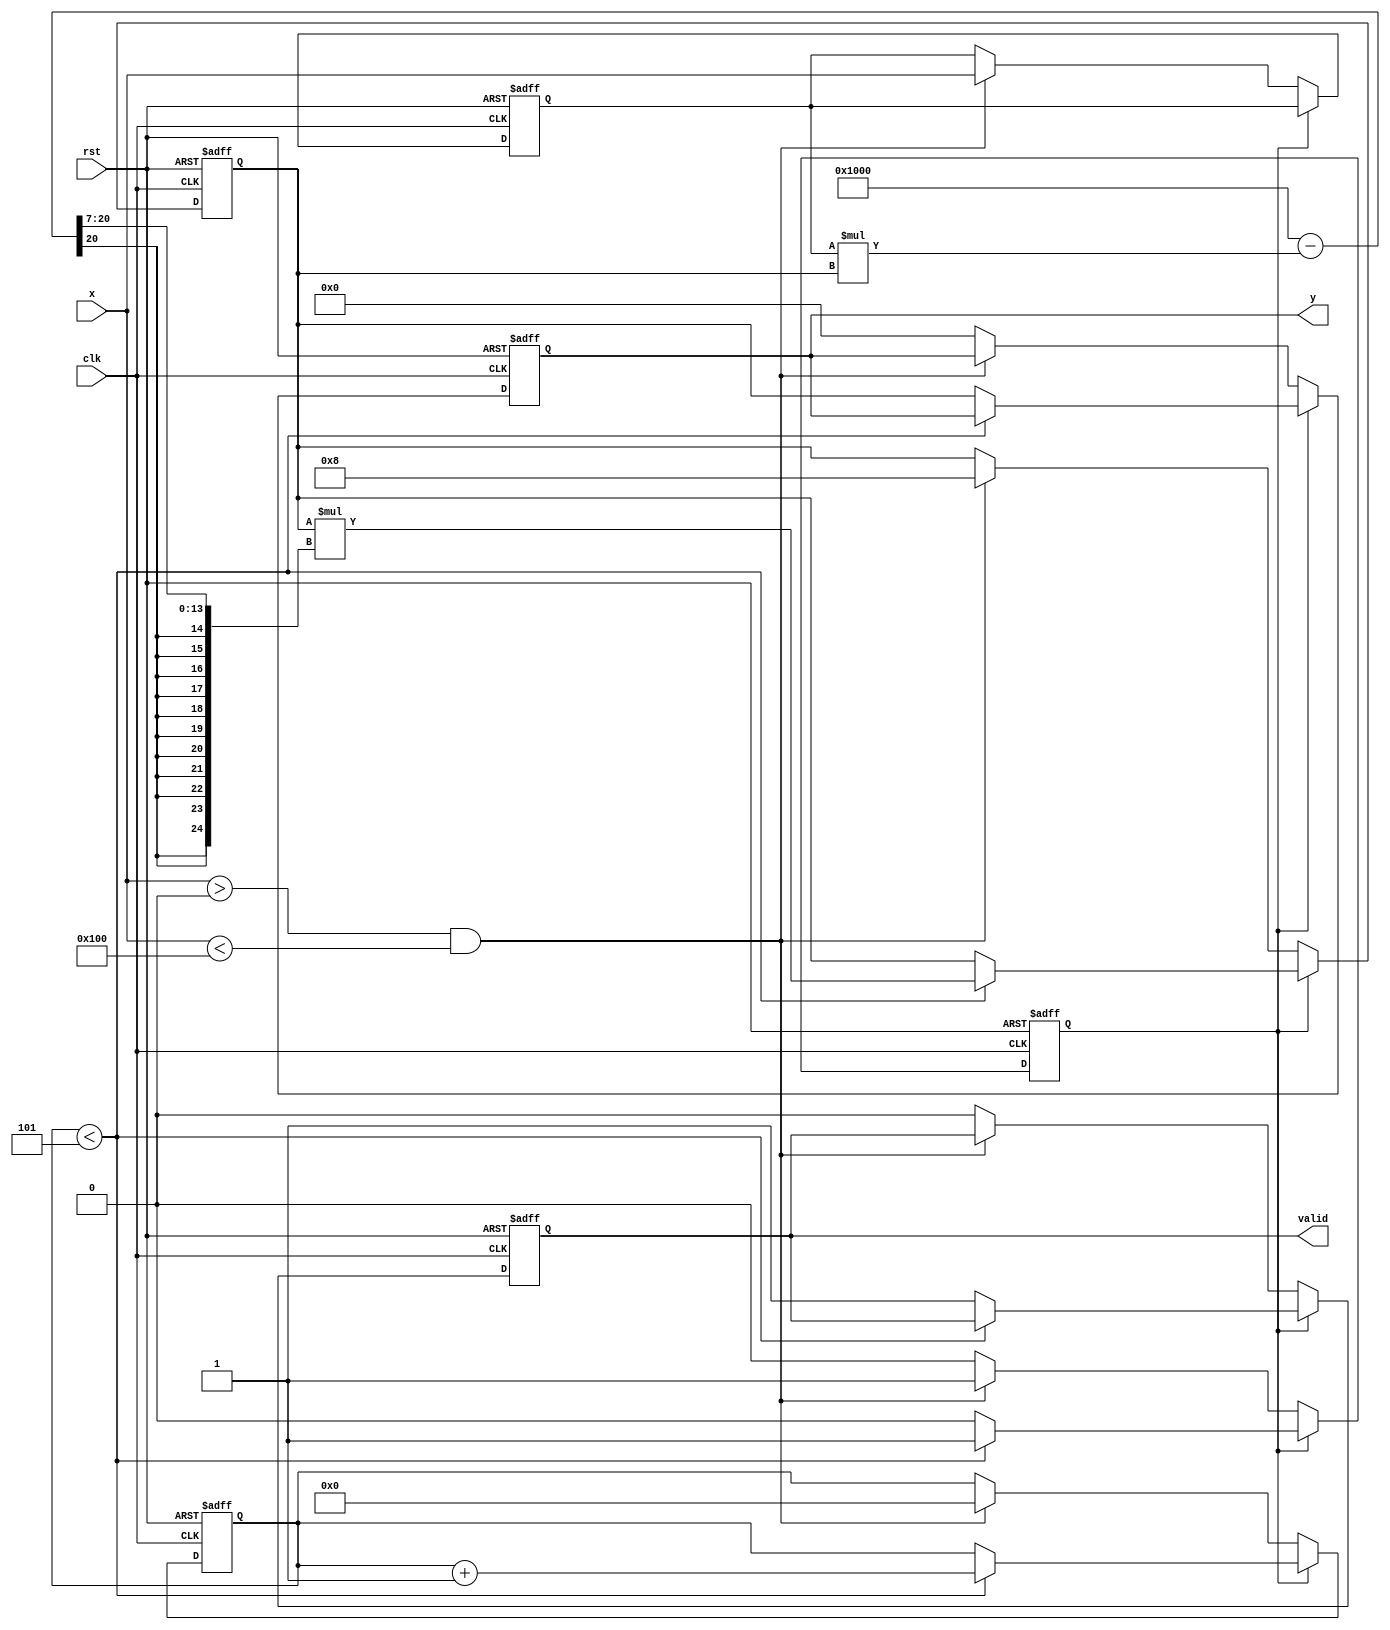
module binary_fractional_reciprocal #(
    parameter N = 8,  // Input width
    parameter M = 12   // Output width (M > N)
)(
    input wire clk,
    input wire rst,
    input wire [N-1:0] x,  // Input (0 < x < 1)
    output reg [M-1:0] y,   // Output (1/x)
    output reg valid         // Output valid signal
);
    localparam ITERATIONS = 5; // Number of iterations for Newton-Raphson

    reg [M-1:0] approx;       // Current approximation of the reciprocal
    reg [N-1:0] x_reg;        // Registered input
    reg [3:0] count;          // Iteration counter
    reg computing;            // State flag for computation

    always @(posedge clk or posedge rst) begin
        if (rst) begin
            y <= 0;
            valid <= 0;
            approx <= 0;
            x_reg <= 0;
            count <= 0;
            computing <= 0;
        end else begin
            if (!computing) begin
                if (x > 0 && x < (1 << N)) begin // Check if input is normalized
                    x_reg <= x;
                    approx <= {1'b1, {(M-N-1){1'b0}}}; // Initial approximation (1.0)
                    count <= 0;
                    computing <= 1;
                end else begin
                    y <= 0; // Undefined or invalid input
                    valid <= 0;
                end
            end else if (count < ITERATIONS) begin
                // Newton-Raphson iteration: x_n+1 = x_n * (2 - x * x_n)
                approx <= approx * (2**M - (x_reg * approx) >> (N-1));
                count <= count + 1;
            end else begin
                y <= approx;
                valid <= 1;
                computing <= 0;
            end
        end
    end
endmodule